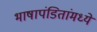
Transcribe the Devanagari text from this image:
भाषापंडितांमध्ये